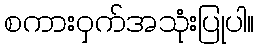
စကားဝှက်အသုံးပြုပါ။